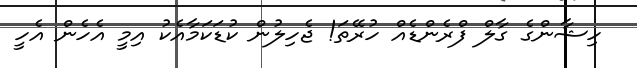
ހިޝާންގެ ގާލް ފްރެންޑެއް ހުރޭތަ! ޖެހިލުން ކުޑަކަމާއެކު އިމީ އެހެން އެހީ